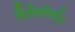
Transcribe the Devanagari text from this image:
गैलिलियीय